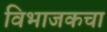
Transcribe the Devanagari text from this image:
विभाजकचा